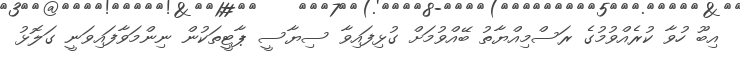
އިބޫ ހުވާ ކުރެއްވުމުގެ ރަސްމިއްޔާތު ބޭއްވުމަށް ގުޅިފައިވާ ސިޔާސީ ޕާޓީތަކުން ނިންމަވާފައިވަނީ ގަލޮޅު